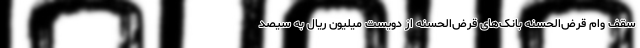
سقف وام قرض‌الحسنه بانک‌های قرض‌الحسنه از دویست میلیون ریال به سیصد